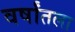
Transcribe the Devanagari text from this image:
वर्षांतला